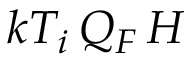
k T _ { i } \, Q _ { F } \, H